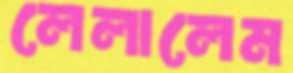
লেলালেম